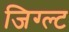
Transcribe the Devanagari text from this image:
जिग्ल्ट